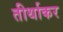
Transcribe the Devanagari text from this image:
तीर्थाकर